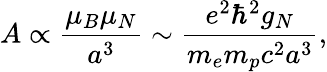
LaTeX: A\propto\frac{\mu_{B}\mu_{N}}{a^{3}}\sim\frac{e^{2}\hbar^{2}g_{N}}{m_{e}m_{p}c^{2}a^{3}},